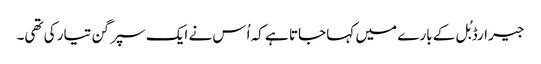
جیرارڈ بُل کے بارے میں کہا جاتا ہے کہ اُس نے ایک سپر گن تیار کی تھی۔